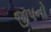
જીપનો